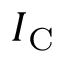
I _ { \mathrm { C } }